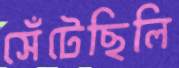
সেঁটেছিলি